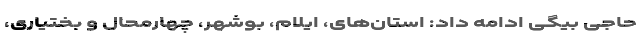
حاجی بیگی ادامه داد: استان‌های، ایلام، بوشهر، چهارمحال و بختیاری،